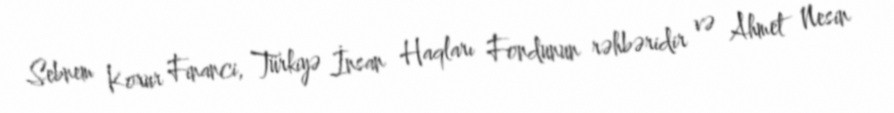
Sebnem Korur Financi, Türkiyə İnsan Haqları Fondunun rəhbəridir və Ahmet Nesin